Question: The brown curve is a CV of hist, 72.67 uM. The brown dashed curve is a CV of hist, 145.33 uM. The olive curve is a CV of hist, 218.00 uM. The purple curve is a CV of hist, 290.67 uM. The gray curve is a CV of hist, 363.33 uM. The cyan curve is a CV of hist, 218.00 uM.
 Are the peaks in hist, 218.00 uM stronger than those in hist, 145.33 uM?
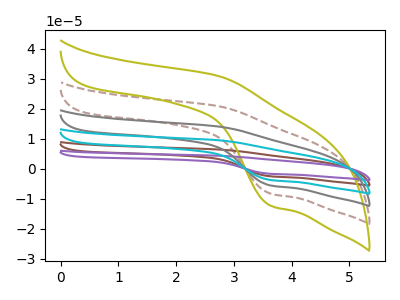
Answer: <think>The brown curve "hist, 72.67 uM" has an anodic peak at (2.75V, 83.25uA) and a cathodic peak at (3.65V, -33.05uA). The brown dashed curve "hist, 145.33 uM" has an anodic peak at (2.75V, 20.80uA) and a cathodic peak at (3.65V, -8.25uA). The olive curve "hist, 218.00 uM" has an anodic peak at (2.75V, 30.85uA) and a cathodic peak at (3.65V, -12.25uA). The purple curve "hist, 290.67 uM" has an anodic peak at (2.75V, 104.10uA) and a cathodic peak at (3.65V, -41.35uA). The gray curve "hist, 363.33 uM" has an anodic peak at (2.75V, 41.65uA) and a cathodic peak at (3.65V, -16.55uA). The cyan curve "hist, 218.00 uM" has an anodic peak at (2.75V, 62.45uA) and a cathodic peak at (3.65V, -24.80uA).</think>
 <answer>Every peak in "hist, 218.00 uM" is higher than every peak in "hist, 145.33 uM".</answer>
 <eval>higher</eval>